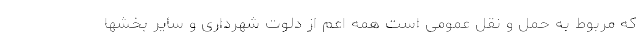
که مربوط به حمل و نقل عمومی است همه اعم از دلوت شهرداری و سایر بخشها